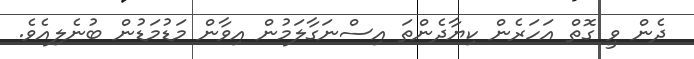
ދެން ވީ ގޮތް އަހަރެން ކިޔާދެންތަ އިސްނަގާލަމުން އިވާން މަޑުމަޑުން ބުނެލިއެވެ.